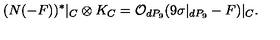
( N ( - F ) ) ^ { * } | _ { C } \otimes K _ { C } = { \cal O } _ { d P _ { 9 } } ( 9 \sigma | _ { d P _ { 9 } } - F ) | _ { C } .